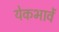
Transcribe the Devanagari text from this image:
येकभावें